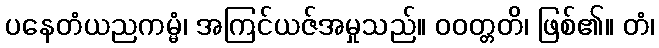
ပနေတံယညကမ္မံ၊ အကြင်ယဇ်အမှုသည်။ ဝဝတ္တတိ၊ ဖြစ်၏။ တံ၊